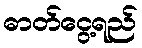
ဓာတ်ငွေ့ရည်